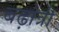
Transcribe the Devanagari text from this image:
बढ़ोत्री